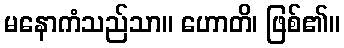
မနောကံသည်သာ။ ဟောတိ၊ ဖြစ်၏။